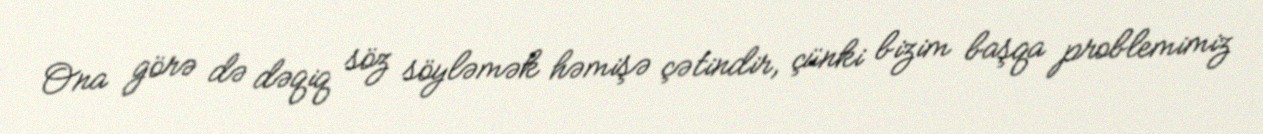
Ona görə də dəqiq söz söyləmək həmişə çətindir, çünki bizim başqa problemimiz